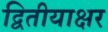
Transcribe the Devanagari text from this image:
द्वितीयाक्षर